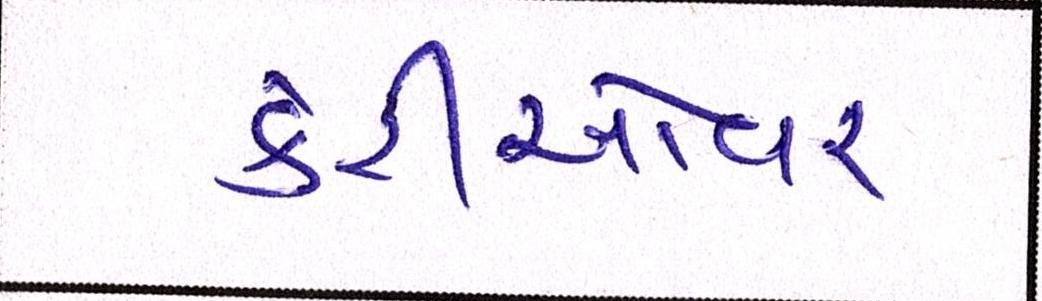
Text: કેરીઓવર